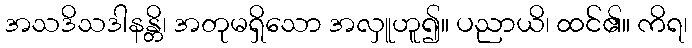
အသဒိသဒါနန္တိ၊ အတုမရှိသော အလှူဟူ၍။ ပညာယိ၊ ထင်၏။ ကိရ၊